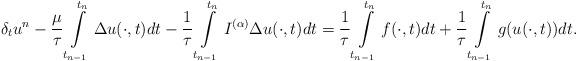
LaTeX: \begin{align*} \delta_{t}u^{n}-\frac{\mu}{\tau}\int\limits^{t_{n}}_{t_{n-1}}\Delta u(\cdot,t)dt -\frac{1}{\tau}\int\limits^{t_{n}}_{t_{n-1}}I^{(\alpha)}\Delta u(\cdot,t)dt =\frac{1}{\tau}\int\limits^{t_{n}}_{t_{n-1}}f(\cdot,t)dt+ \frac{1}{\tau}\int\limits^{t_{n}}_{t_{n-1}}g(u(\cdot,t))dt. \end{align*}